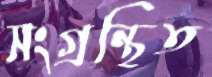
সংগ্রন্থিত